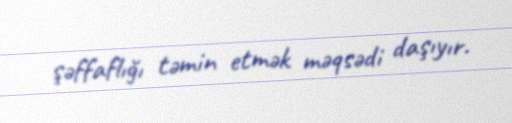
şəffaflığı təmin etmək məqsədi daşıyır.